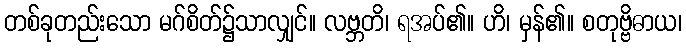
တစ်ခုတည်းသော မဂ်စိတ်၌သာလျှင်။ လဗ္ဘတိ၊ ရအပ်၏။ ဟိ၊ မှန်၏။ စတုဗ္ဗိဓာယ၊